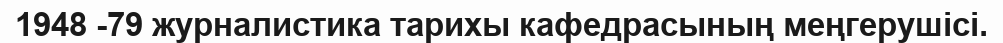
1948 -79 журналистика тарихы кафедрасының меңгерушісі.